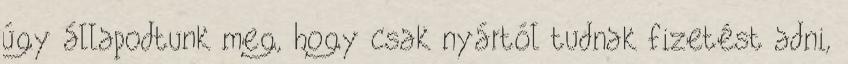
úgy állapodtunk meg, hogy csak nyártól tudnak fizetést adni,